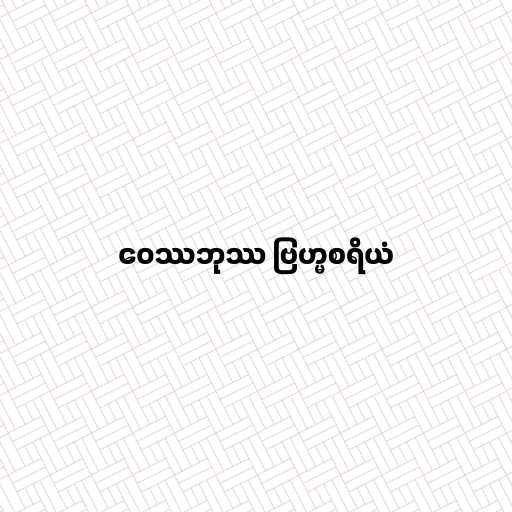
ဝေဿဘုဿ ဗြဟ္မစရိယံ